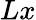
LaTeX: Lx